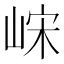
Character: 𫶀